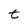
Character: t